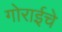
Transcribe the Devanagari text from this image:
गोराईचे